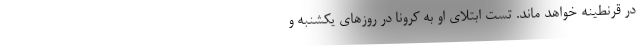
در قرنطینه خواهد ماند. تست ابتلای او به کرونا در روزهای یکشنبه و